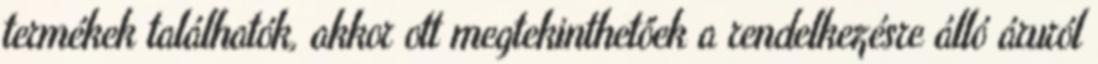
termékek találhatók, akkor ott megtekinthetőek a rendelkezésre álló áruról